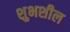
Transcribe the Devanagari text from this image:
शुभशील